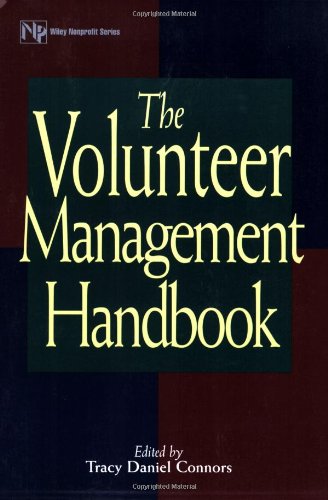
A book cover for The Volunteer Management Handbook; Business & Money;